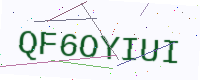
Text: QF6OYIUI